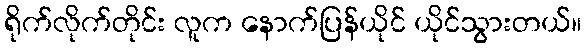
ရိုက်လိုက်တိုင်း လူက နောက်ပြန်ယိုင် ယိုင်သွားတယ်။